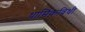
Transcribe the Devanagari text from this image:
धार्मिकविधी